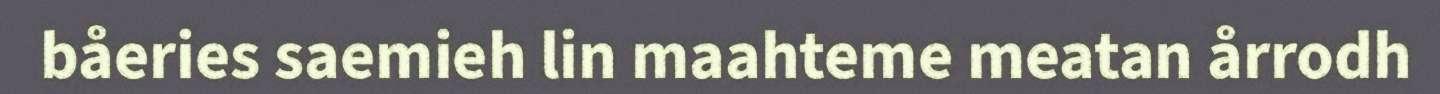
båeries saemieh lin maahteme meatan årrodh